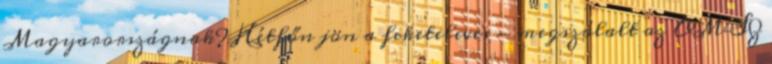
Magyarországnak? Hétfőn jön a feketeleves - megszólalt az OMSZ